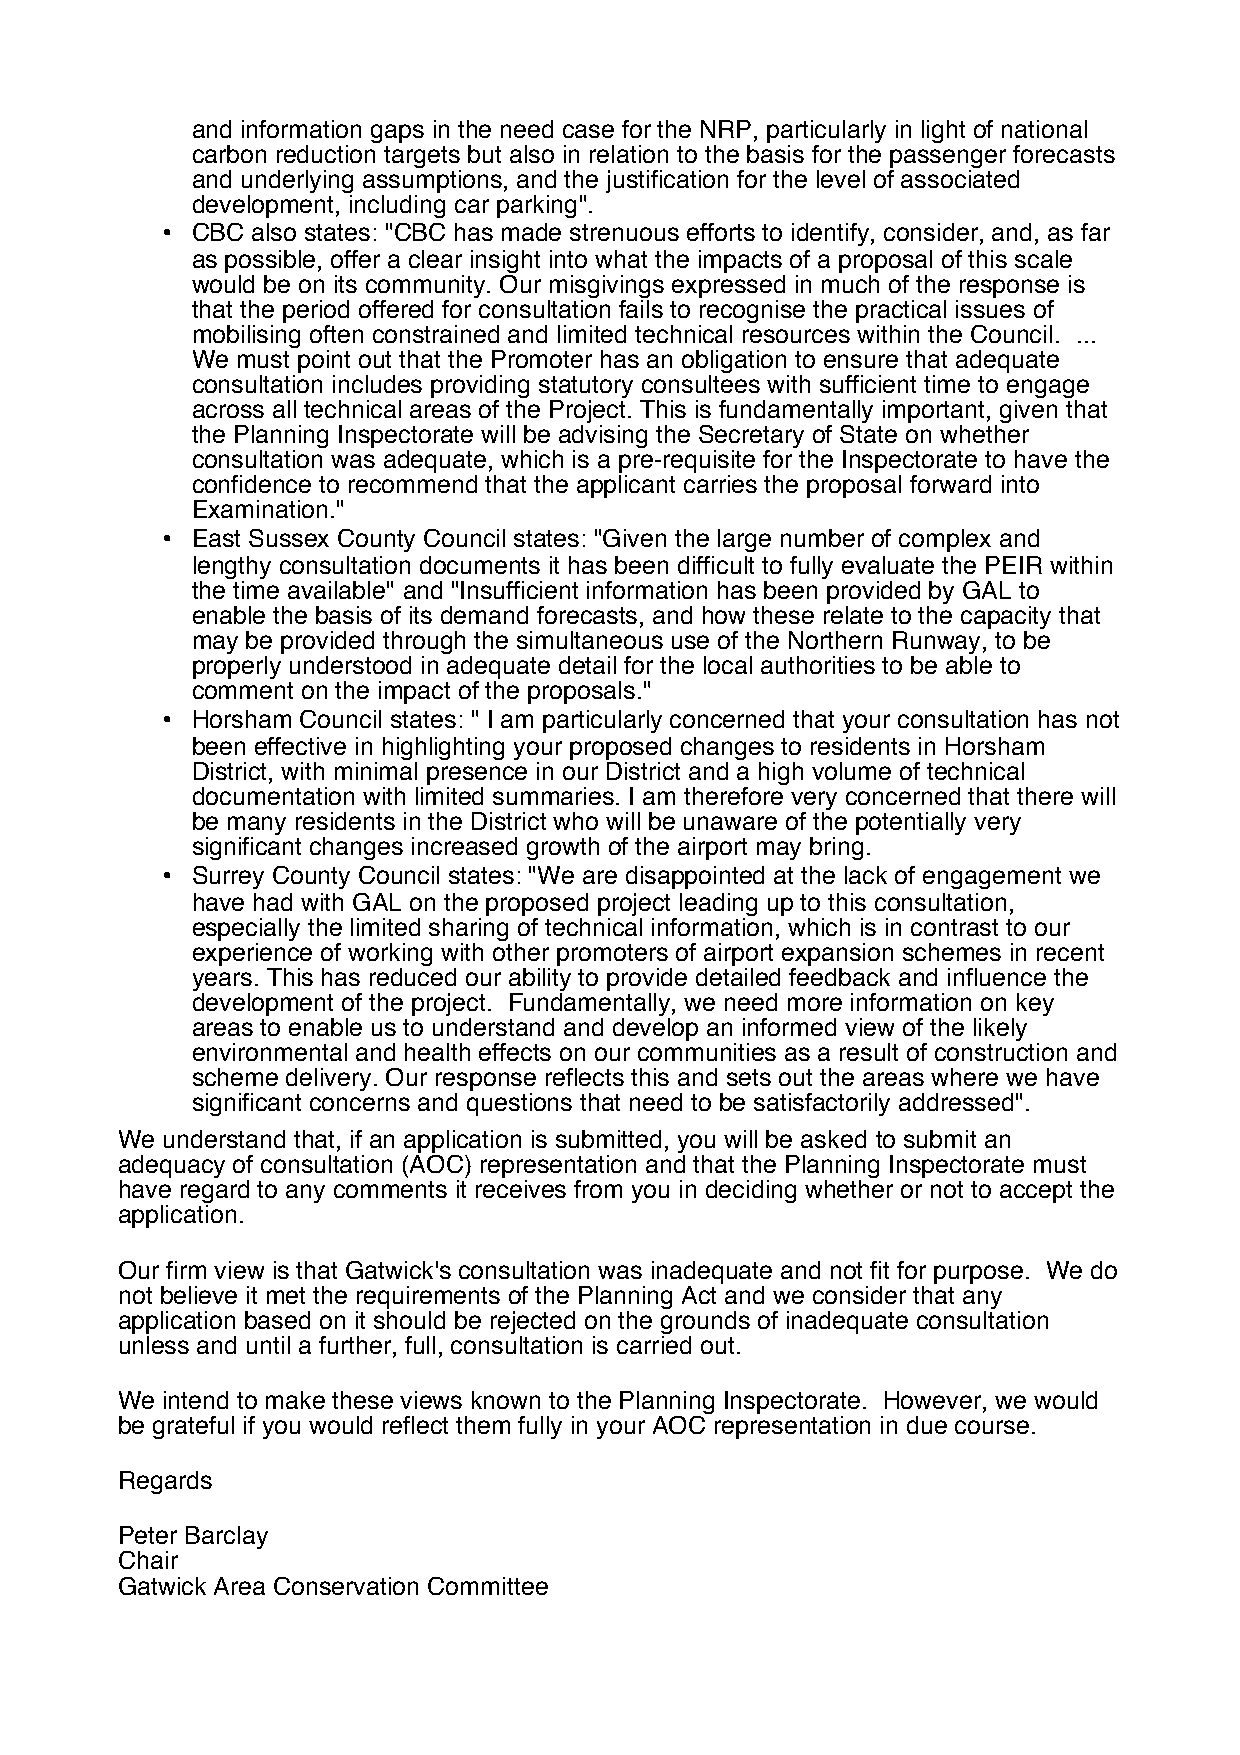
and information gaps in the need case for the NRP, particularly in light of national
 carbon reduction targets but also in relation to the basis for the passenger forecasts
 and underlying assumptions, and the justifcation for the level of associated
 development, including car parking".
 • CBC also states: "CBC has made strenuous efforts to identify, consider, and, as far
 as possible, offer a clear insight into what the impacts of a proposal of this scale
 would be on its community. Our misgivings expressed in much of the response is
 that the period offered for consultation fails to recognise the practical issues of
 mobilising often constrained and limited technical resources within the Council. ...
 We must point out that the Promoter has an obligation to ensure that adequate
 consultation includes providing statutory consultees with suffcient time to engage
 across all technical areas of the Project. This is fundamentally important, given that
 the Planning Inspectorate will be advising the Secretary of State on whether
 consultation was adequate, which is a pre-requisite for the Inspectorate to have the
 confdence to recommend that the applicant carries the proposal forward into
 Examination."
 • East Sussex County Council states: "Given the large number of complex and
 lengthy consultation documents it has been diffcult to fully evaluate the PEIR within
 the time available" and "Insuffcient information has been provided by GAL to
 enable the basis of its demand forecasts, and how these relate to the capacity that
 may be provided through the simultaneous use of the Northern Runway, to be
 properly understood in adequate detail for the local authorities to be able to
 comment on the impact of the proposals."
 • Horsham Council states: " I am particularly concerned that your consultation has not
 been effective in highlighting your proposed changes to residents in Horsham
 District, with minimal presence in our District and a high volume of technical
 documentation with limited summaries. I am therefore very concerned that there will
 be many residents in the District who will be unaware of the potentially very
 signifcant changes increased growth of the airport may bring.
 • Surrey County Council states: "We are disappointed at the lack of engagement we
 have had with GAL on the proposed project leading up to this consultation,
 especially the limited sharing of technical information, which is in contrast to our
 experience of working with other promoters of airport expansion schemes in recent
 years. This has reduced our ability to provide detailed feedback and infuence the
 development of the project. Fundamentally, we need more information on key
 areas to enable us to understand and develop an informed view of the likely
 environmental and health effects on our communities as a result of construction and
 scheme delivery. Our response refects this and sets out the areas where we have
 signifcant concerns and questions that need to be satisfactorily addressed".
 We understand that, if an application is submitted, you will be asked to submit an
 adequacy of consultation (AOC) representation and that the Planning Inspectorate must
 have regard to any comments it receives from you in deciding whether or not to accept the
 application.
 Our frm view is that Gatwick's consultation was inadequate and not ft for purpose. We do
 not believe it met the requirements of the Planning Act and we consider that any
 application based on it should be rejected on the grounds of inadequate consultation
 unless and until a further, full, consultation is carried out.
 We intend to make these views known to the Planning Inspectorate. However, we would
 be grateful if you would refect them fully in your AOC representation in due course.
 Regards
 Peter Barclay
 Chair
 Gatwick Area Conservation Committee